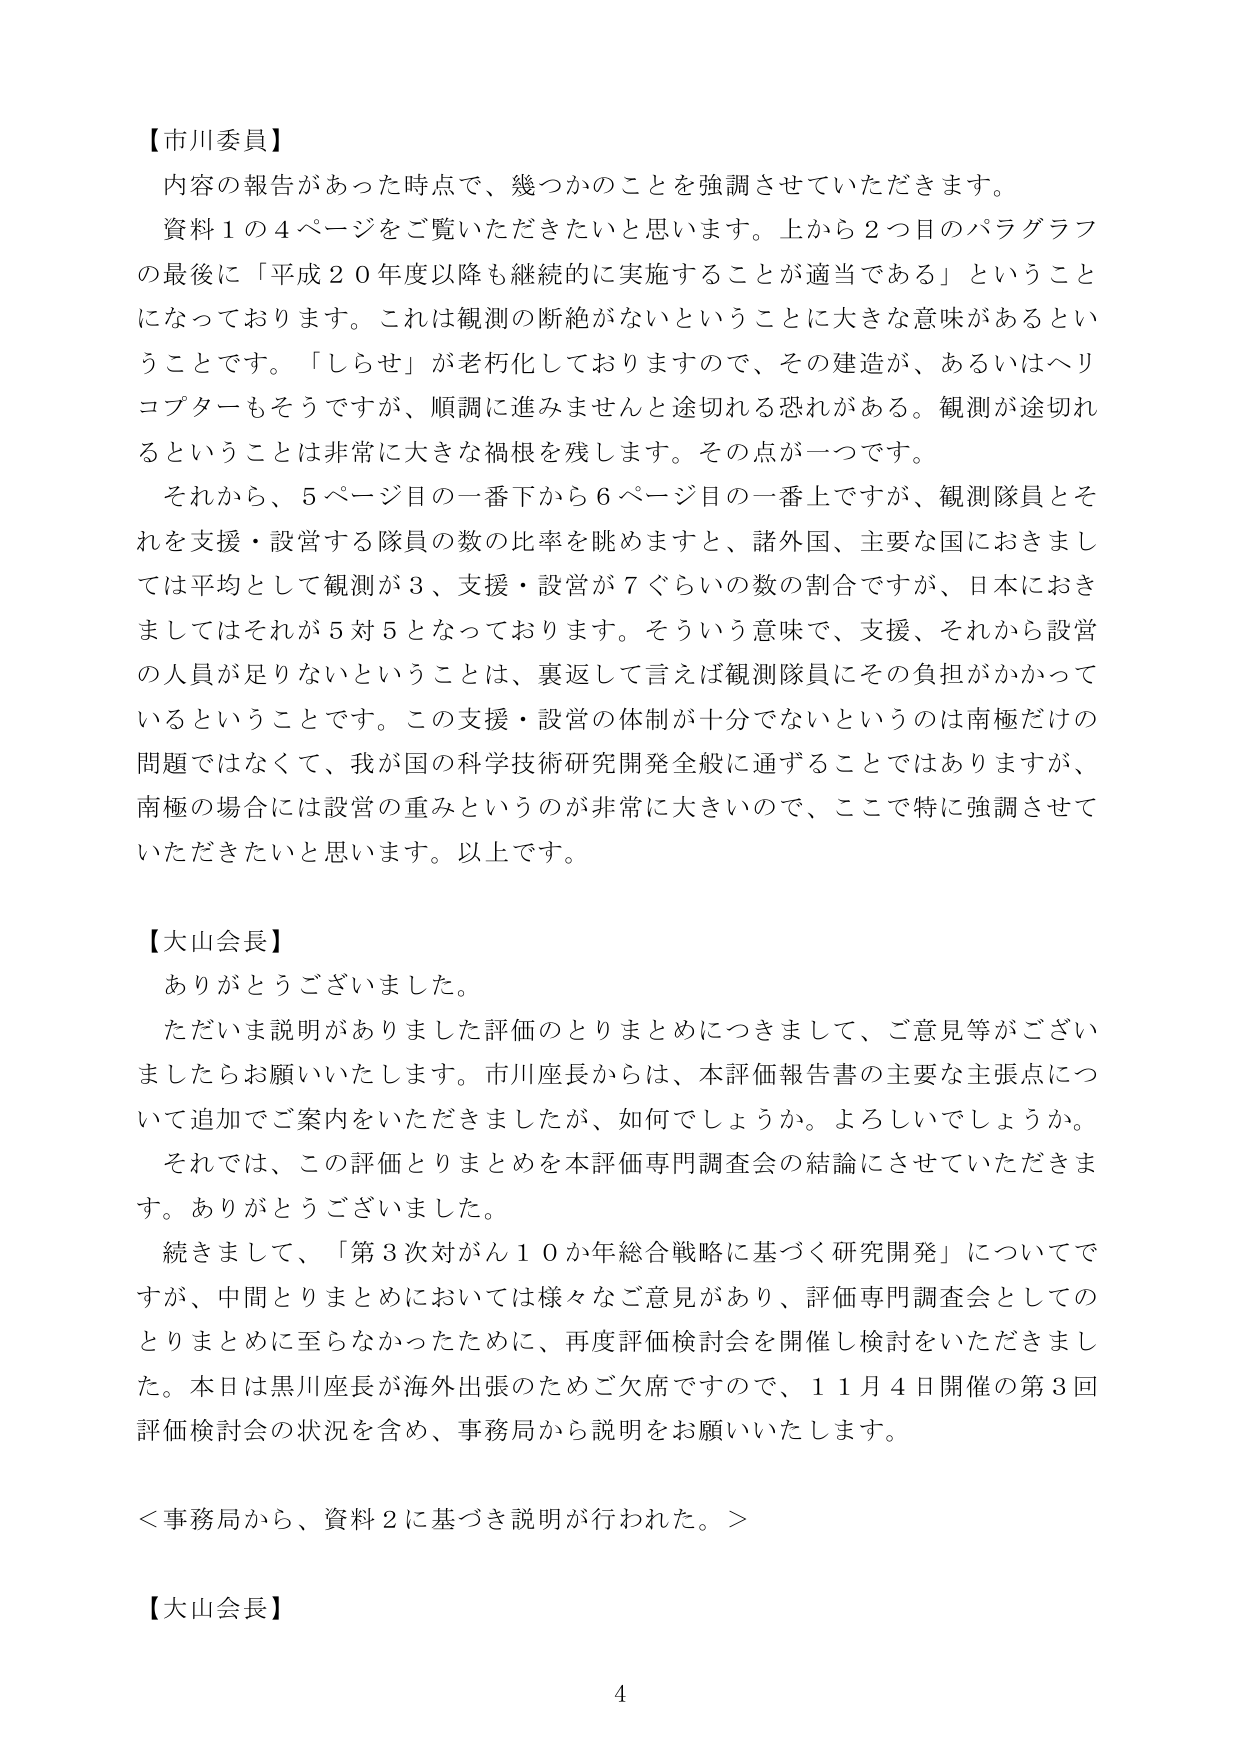
【市川委員】
内容の報告があった時点で、幾つかのことを強調させていただきます。
資料１の４ページをご覧いただきたいと思います。上から２つ目のパラグラフの最後に「平成２０年度以降も継続的に実施することが適当である」ということになっております。これは観測の断絶がないということに大きな意味があるということです。「しらせ」が老朽化しておりますので、その建造が、あるいはヘリコプターもそうですが、順調に進みませんと途切れる恐れがある。観測が途切れるということは非常に大きな禍根を残します。その点が一つです。
それから、５ページ目の一番下から６ページ目の一番上ですが、観測隊員とそれを支援・設営する隊員の数の比率を眺めますと、諸外国、主要な国におきましては平均として観測が３、支援・設営が７ぐらいの数の割合ですが、日本におきましてはそれが５対５となっております。そういう意味で、支援、それから設営の人員が足りないということは、裏返して言えば観測隊員にその負担がかかっているということです。この支援・設営の体制が十分でないというのは南極だけの問題ではなくて、我が国の科学技術研究開発全般に通ずることではありますが、南極の場合には設営の重みというのが非常に大きいので、ここで特に強調させていただきたいと思います。以上です。

【大山会長】
ありがとうございました。
ただいま説明がありました評価のとりまとめにつきまして、ご意見等がございましたらお願いいたします。市川座長からは、本評価報告書の主要な主張点について追加でご案内をいただきましたが、如何でしょうか。よろしいでしょうか。
それでは、この評価とりまとめを本評価専門調査会の結論にさせていただきます。ありがとうございました。
続きまして、「第３次対がん１０か年総合戦略に基づく研究開発」についてですが、中間とりまとめにおいては様々なご意見があり、評価専門調査会としてのとりまとめに至らなかったために、再度評価検討会を開催し検討をいただきました。本日は黒川座長が海外出張のためご欠席ですので、１１月４日開催の第３回評価検討会の状況を含め、事務局から説明をお願いいたします。

＜事務局から、資料２に基づき説明が行われた。＞

【大山会長】
4